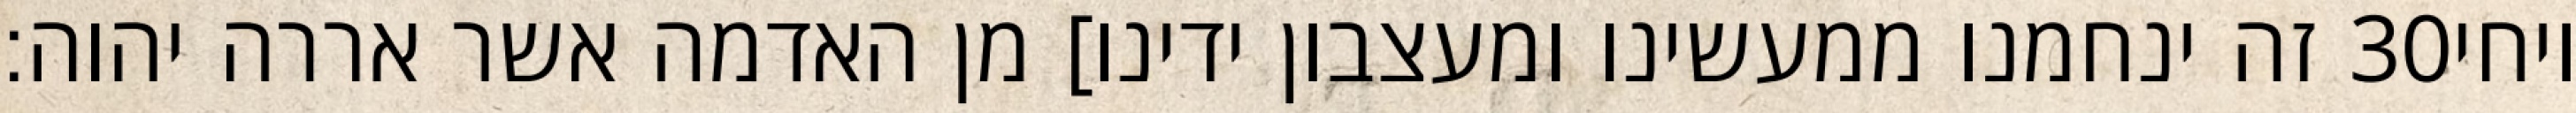
זה ינחמנו ממעשינו ומעצבון ידינו] מן האדמה אשר אררה יהוה׃ ‎30‏ ויחי